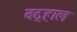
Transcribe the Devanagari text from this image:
बद्हाल